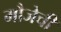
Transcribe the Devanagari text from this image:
मौजेची